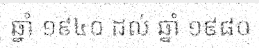
ឆ្នាំ ១៩៤០ ដល់ ឆ្នាំ ១៩៨០